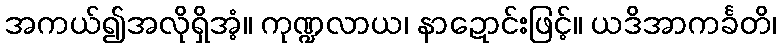
အကယ်၍အလိုရှိအံ့။ ကုဏ္ဍလာယ၊ နာဍောင်းဖြင့်။ ယဒိအာကင်္ခတိ၊